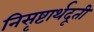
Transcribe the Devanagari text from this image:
निसृष्टार्थदूती